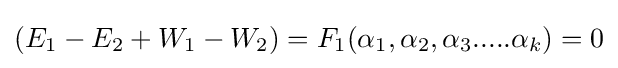
(E_{1}-E_{2}+W_{1}-W_{2})=F_{1}(\alpha _{1},\alpha _{2},\alpha _{3}.....\alpha _{k})=0